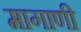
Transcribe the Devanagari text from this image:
मागाणी